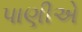
પાણીએ